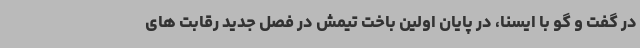
در گفت و گو با ایسنا، در پایان اولین باخت تیمش در فصل جدید رقابت های